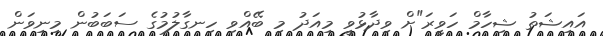
އައިޝަތު ޝިހާމް ހަވީރަ"ށް ވިދާޅުވީ މިއަދު މި ބޭއްވި ހިނގާލުމުގެ ސަބަބުން މިނިވަން